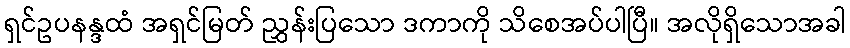
ရှင်ဥပနန္ဒထံ အရှင်မြတ် ညွှန်းပြသော ဒကာကို သိစေအပ်ပါပြီ။ အလိုရှိသောအခါ